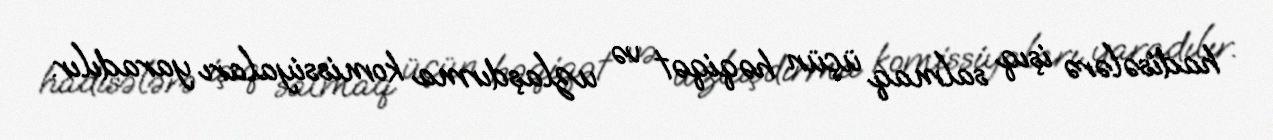
hadisələrə işıq salmaq üçün həqiqət və uzlaşdırma komissiyaları yaradılır.